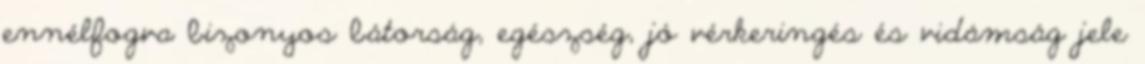
ennélfogva bizonyos bátorság, egészség, jó vérkeringés és vidámság jele